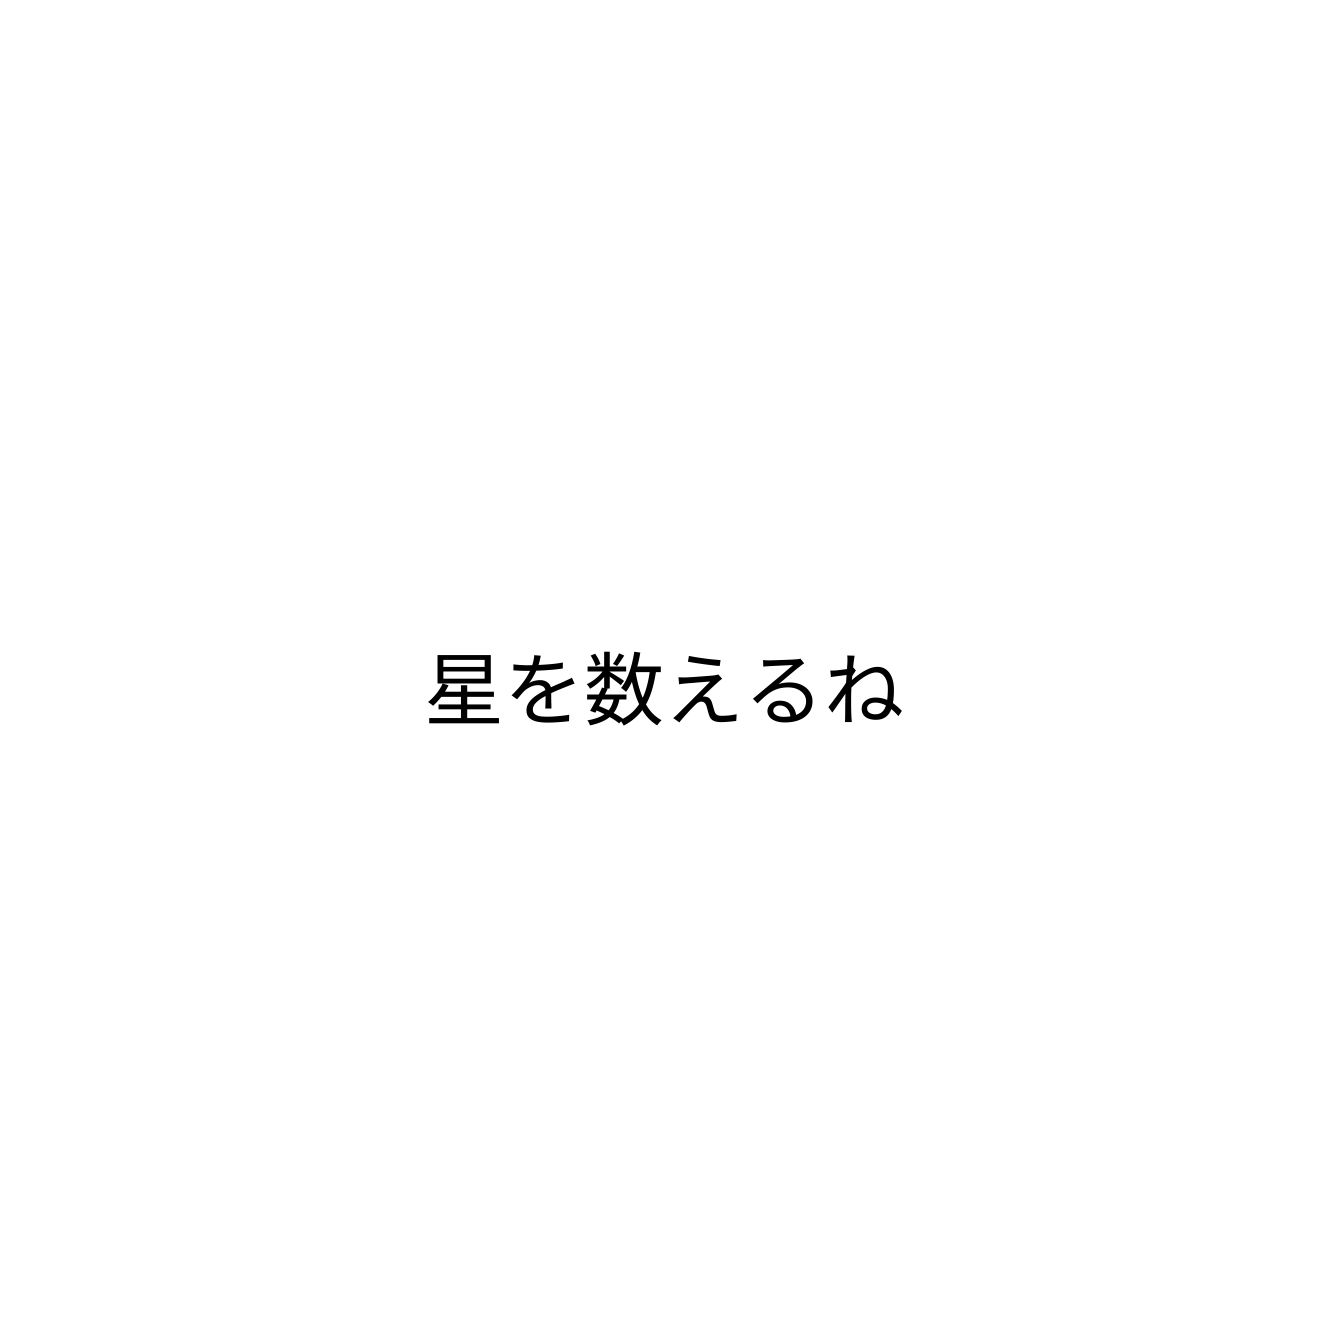
星を数えるね